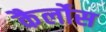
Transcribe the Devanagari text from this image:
कैर्लोस